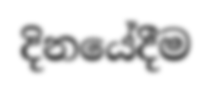
දිනයේදීම